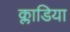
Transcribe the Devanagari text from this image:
क्लाडिया